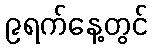
၉ရက်နေ့တွင်